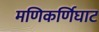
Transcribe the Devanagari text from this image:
मणिकर्णिघाट